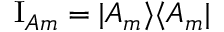
\mathrm { I } _ { A m } = | A _ { m } \rangle \langle A _ { m } |